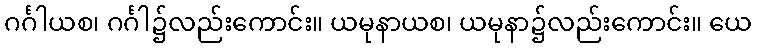
ဂင်္ဂါယစ၊ ဂင်္ဂါ၌လည်းကောင်း။ ယမုနာယစ၊ ယမုနာ၌လည်းကောင်း။ ယေ